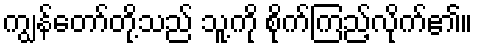
ကျွန်တော်တို့သည် သူ့ကို စိုက်ကြည့်လိုက်၏။